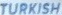
TURKISH